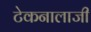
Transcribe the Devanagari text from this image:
टेकनालाजी